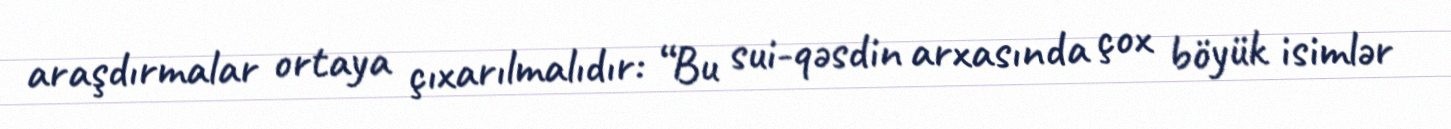
araşdırmalar ortaya çıxarılmalıdır: “Bu sui-qəsdin arxasında çox böyük isimlər